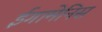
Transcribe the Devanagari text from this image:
ईगामेनिस